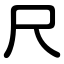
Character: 尺